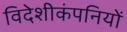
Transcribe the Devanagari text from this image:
विदेशीकंपनियों